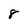
Character: 8